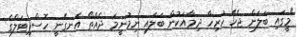
"މީގައި ބަލަން ޖެހޭ ހުރިހާ ދިމާއަކުން ބަލައި ނިމުނީމަ ދެއްތޯ އެނގޭނީ ހޮސްޕިޓަލްގެ